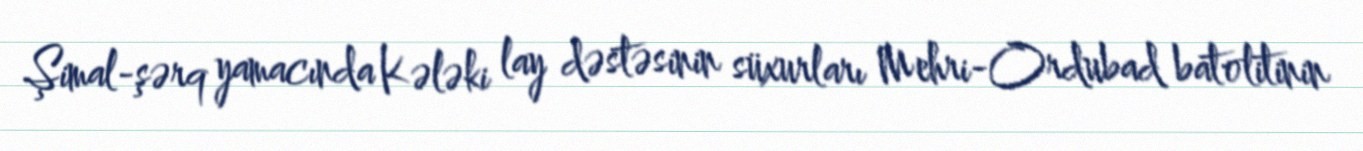
Şimal-şərq yamacında Kələki lay dəstəsinin süxurları Mehri-Ordubad batolitinin